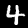
Digit: 4